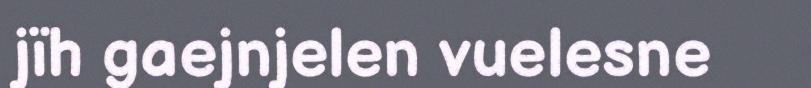
jïh gaejnjelen vuelesne